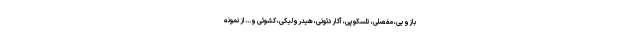
بازویی، مفصلی، تلسکوپی، آکاردئونی، هیدرولیکی، کشوئی و... از نمونه